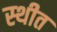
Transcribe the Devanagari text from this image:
स्‍थीत